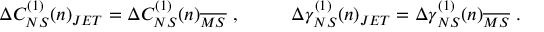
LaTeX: \Delta C _ { N S } ^ { ( 1 ) } ( n ) _ { J E T } = \Delta C _ { N S } ^ { ( 1 ) } ( n ) _ { \overline { { { M S } } } } ~ , ~ ~ ~ ~ ~ ~ ~ ~ \Delta \gamma _ { N S } ^ { ( 1 ) } ( n ) _ { J E T } = \Delta \gamma _ { N S } ^ { ( 1 ) } ( n ) _ { \overline { { { M S } } } } ~ .